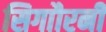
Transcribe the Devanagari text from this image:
सिगाौरनी